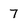
Character: 7